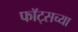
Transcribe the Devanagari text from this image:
फॉट्सच्या